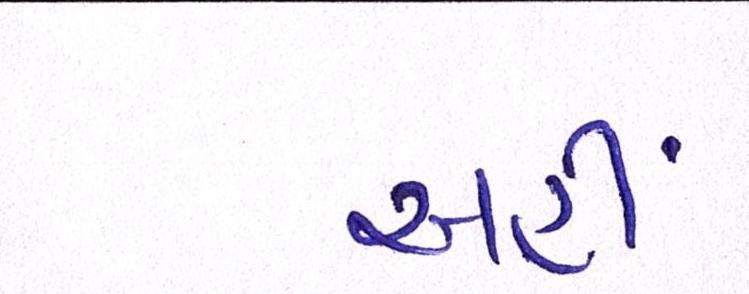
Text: અહીં